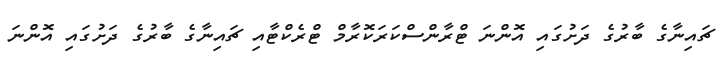
ޗައިނާގެ ބާރުގެ ދަށުގައި އޮންނަ ޓްރާންސްކަރަކޮރާމް ޓްރެކްޓާއި ޗައިނާގެ ބާރުގެ ދަށުގައި އޮންނަ